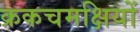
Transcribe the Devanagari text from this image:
क्रकचमक्षियों